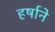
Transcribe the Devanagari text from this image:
हर्षाने